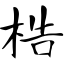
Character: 梏